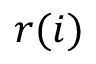
r ( i )